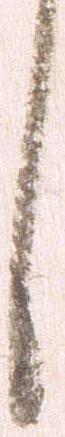
し